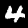
Label: 4